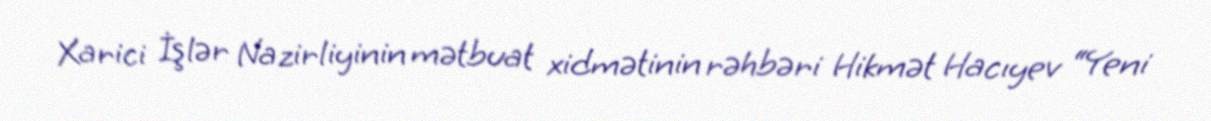
Xarici İşlər Nazirliyinin mətbuat xidmətinin rəhbəri Hikmət Hacıyev “Yeni